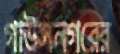
গাউসনগরের